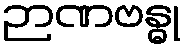
ဉာဏဗန္ဓု